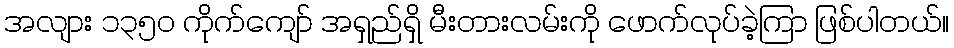
အလျား ၁၃၅၀ ကိုက်ကျော် အရှည်ရှိ မီးတားလမ်းကို ဖောက်လုပ်ခဲ့ကြာ ဖြစ်ပါတယ်။